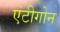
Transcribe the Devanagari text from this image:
एंटीगोन